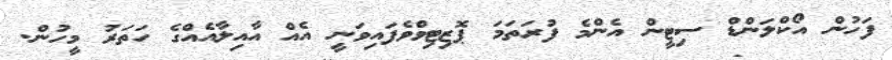
ފަހުން އޯކްލަންޑް ސިޓީން އެންމެ ފުރަތަމަ ޕޮޒިޓިވްވެފައިވަނީ އެއް އާއިލާއެއްގެ ހަތަރު މީހުން.